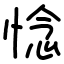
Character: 惗